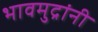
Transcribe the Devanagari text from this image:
भावमुद्रांनी